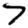
Digit: 7